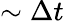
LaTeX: \sim\Delta t